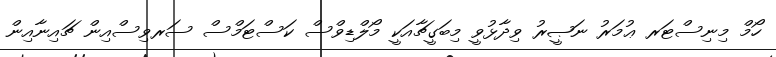
ހޯމް މިނިސްޓަރ ޢުމަރު ނަޞީރު ވިދާޅުވީ މިބަގީޗާއަކީ މޯލްޑިވްސް ކަސްޓަމްސް ސަރވިސްއިން ޗައިނާއިން